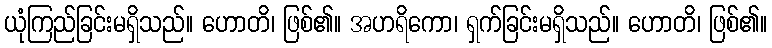
ယုံကြည်ခြင်းမရှိသည်။ ဟောတိ၊ ဖြစ်၏။ အဟရိကော၊ ရှက်ခြင်းမရှိသည်။ ဟောတိ၊ ဖြစ်၏။